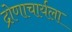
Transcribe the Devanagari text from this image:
द्रोणाचार्यला